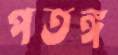
পতঙ্গ